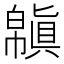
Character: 𢅬